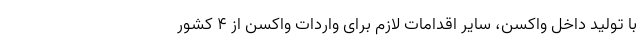
با تولید داخل واکسن، سایر اقدامات لازم برای واردات واکسن از ۴ کشور